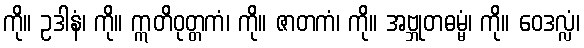
ကို။ ဥဒါနံ၊ ကို။ ဣတိဝုတ္တကံ၊ ကို။ ဇာတကံ၊ ကို။ အဗ္ဘုတဓမ္မံ၊ ကို။ ဝေဒလ္လံ၊